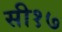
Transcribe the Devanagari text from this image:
सी१७